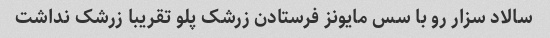
سالاد سزار رو با سس مایونز فرستادن زرشک پلو تقریبا زرشک نداشت